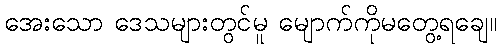
အေးသော ဒေသများတွင်မူ မျောက်ကိုမတွေ့ရချေ။